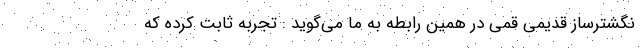
نگشترساز قدیمی قمی در همین رابطه به ما می‌گوید : تجربه ثابت کرده که